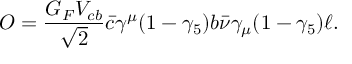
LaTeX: { \cal O } = \frac { G _ { F } V _ { c b } } { \sqrt { 2 } } \bar { c } \gamma ^ { \mu } ( 1 - \gamma _ { 5 } ) b \bar { \nu } \gamma _ { \mu } ( 1 - \gamma _ { 5 } ) \ell .